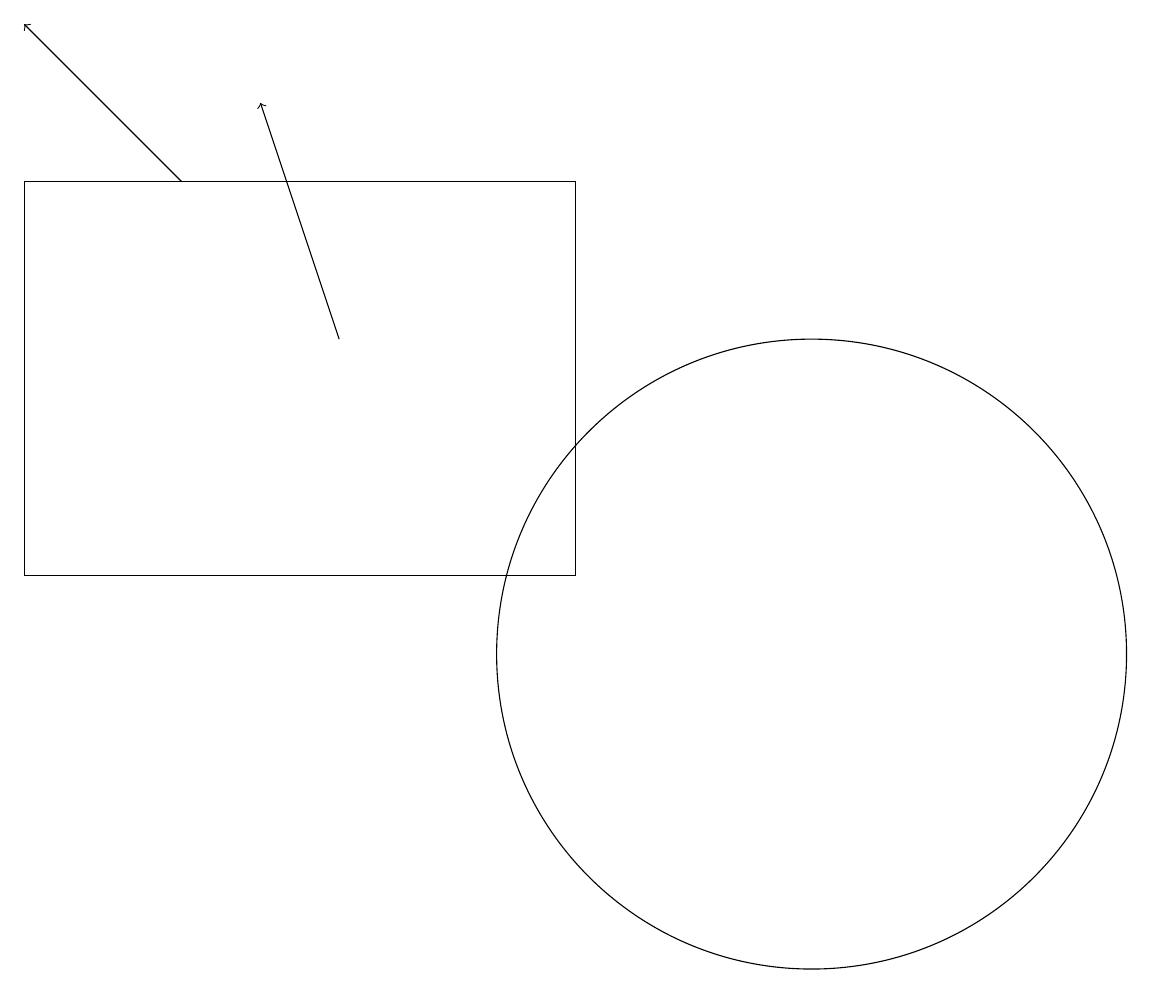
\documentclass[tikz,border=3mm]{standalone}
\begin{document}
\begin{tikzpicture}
\draw[->] (6,14) -- (5,17);
\draw (12,10) circle (4);
\draw[->] (4,16) -- (2,18);
\draw (2,11) rectangle (9,16);
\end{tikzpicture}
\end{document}